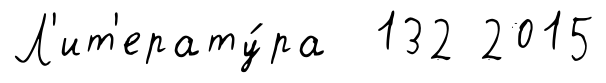
Л'ит'ерату́ра 132 2015